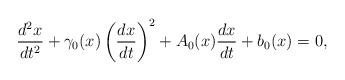
LaTeX: \begin{align*}\frac{d^2x}{dt^2}+\gamma _0(x)\left(\frac{dx}{dt}\right)^2+A_0(x)\frac{dx}{dt}+b_0(x)=0, \end{align*}